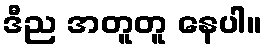
ဒီည အတူတူ နေပါ။